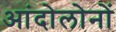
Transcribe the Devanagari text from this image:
आंदोलोनों